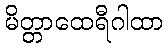
မိတ္တာထေရီဂါထာ